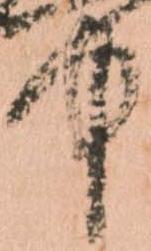
中